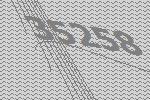
35258